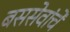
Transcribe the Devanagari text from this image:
बससेवांचे